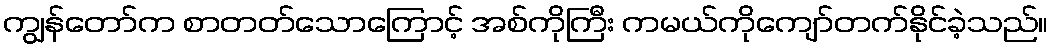
ကျွန်တော်က စာတတ်သောကြောင့် အစ်ကိုကြီး ကမယ်ကိုကျော်တက်နိုင်ခဲ့သည်။